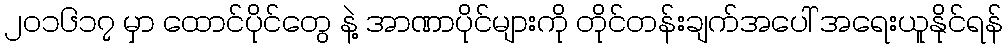
၂၀၁၆၁၇ မှာ ထောင်ပိုင်တွေ နဲ့ အာဏာပိုင်များကို တိုင်တန်းချက်အပေါ် အရေးယူနိုင်ရန်